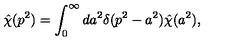
\hat { \chi } ( p ^ { 2 } ) = \int _ { 0 } ^ { \infty } d a ^ { 2 } \delta ( p ^ { 2 } - a ^ { 2 } ) \hat { \chi } ( a ^ { 2 } ) ,